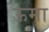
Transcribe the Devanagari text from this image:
ऊमा